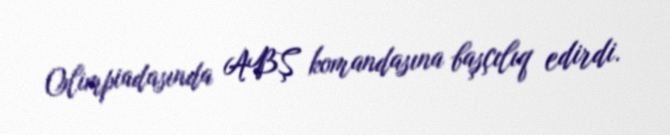
Olimpiadasında ABŞ komandasına başçılıq edirdi.